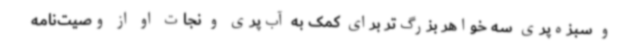
و سبزه‌پری سه خواهر بزرگ‌تر برای کمک به آب‌پری و نجات او از وصیت‌نامه